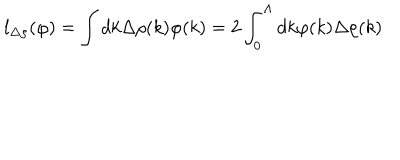
l _ { \Delta \rho } ( \varphi ) = \int d k \Delta \rho ( k ) \varphi ( k ) = 2 \int _ { 0 } ^ { \Lambda } d k \varphi ( k ) \Delta \rho ( k )